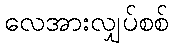
လေအားလျှပ်စစ်